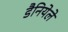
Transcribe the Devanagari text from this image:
डैनियेले